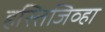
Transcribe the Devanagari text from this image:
हस्तिजिव्हा